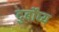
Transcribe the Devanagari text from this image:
दुर्बोंध्य